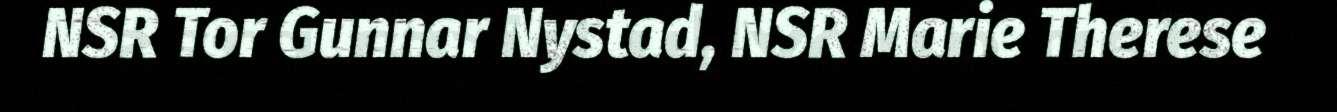
NSR Tor Gunnar Nystad, NSR Marie Therese